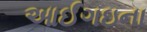
આઈગઇના